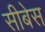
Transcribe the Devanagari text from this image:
सीबेस